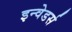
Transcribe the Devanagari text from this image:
इन्वेडर्स